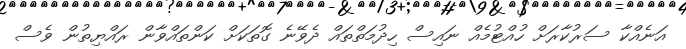
އަނެއްކާ ސަރުކާރަށް ހުއްޓުމެއް ނައިސް ހިދުމަތްތައް ދެވޭނެ ގޮތަކަށް ކަންތައްވާން ރައްޔިތުން ވެސް